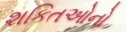
શકિતઓનો